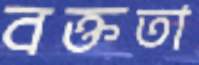
বক্ততা